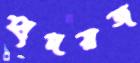
হৃদয়জ